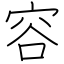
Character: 容